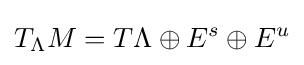
T_{\Lambda }M=T\Lambda \oplus E^{s}\oplus E^{u}